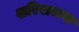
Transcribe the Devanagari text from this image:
शरिराचया